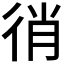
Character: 𢓮